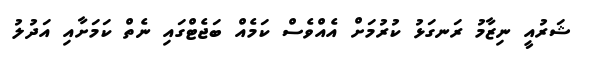
ޝަރުއީ ނިޒާމު ރަނގަޅު ކުރުމަށް އެއްވެސް ކަމެއް ބަޖެޓްގައި ނެތް ކަމަށާއި އަދުލު